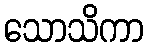
သောသိကာ